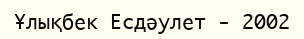
Ұлықбек Есдәулет - 2002